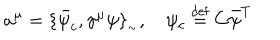
a ^ { \mu } = \{ \bar { \psi } _ { c } , \gamma ^ { \mu } \psi \} _ { _ { \sim } } , \psi _ { c } \stackrel { \mathrm { d e f } } { = } C \bar { \psi } ^ { T }